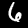
Digit: 6